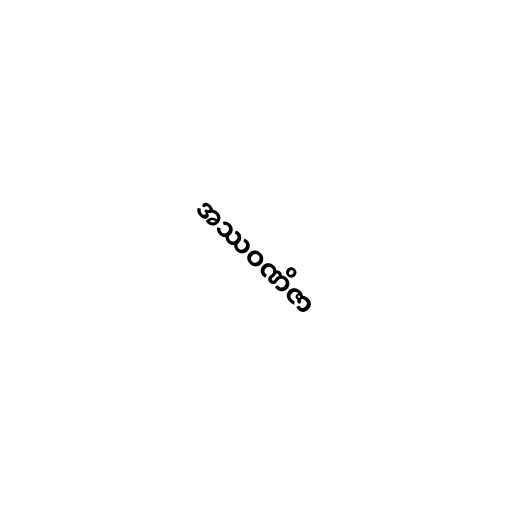
အဿဝဏိဇာ